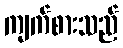
ကျက်စားသည်